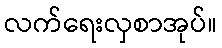
လက်ရေးလှစာအုပ်။